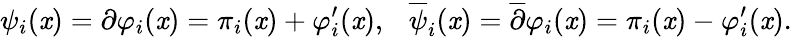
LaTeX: \psi_{i}(\mathit{x})=\partial\varphi_{i}(\mathit{x})=\pi_{i}(\mathit{x})+\varphi_{i}^{\prime}(\mathit{x}),\ \ \ {\overline{{{\psi}}}}_{i}(\mathit{x})={\overline{{{\partial}}}}\varphi_{i}(\mathit{x})=\pi_{i}(\mathit{x})-\varphi_{i}^{\prime}(\mathit{x}).